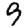
Digit: 9